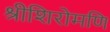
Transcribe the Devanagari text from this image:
श्रीशिरोमणि